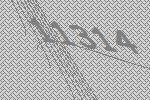
11314